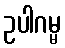
ဥပါဂမ္မ